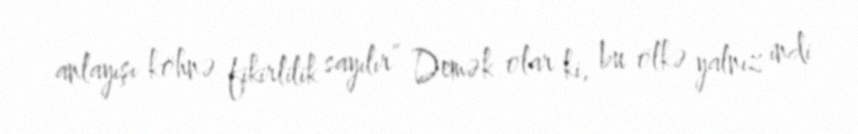
anlayışı köhnə fikirlilik sayılır” Demək olar ki, bu ölkə yalnız indi